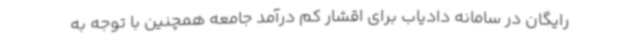
رایگان در سامانه دادیاب برای اقشار کم درآمد جامعه همچنین با توجه به